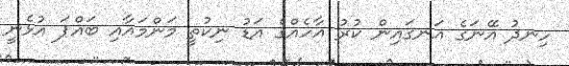
ހިނދު އޭނަގެ އަނގައިން ކުރު އާހެއްގެ އަޑު ނިކުތީ މަންމައާއި ބައްޕަ އުޅެނީ